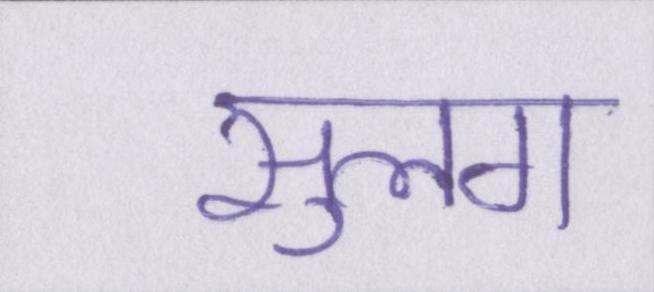
सुलग